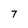
Character: 7